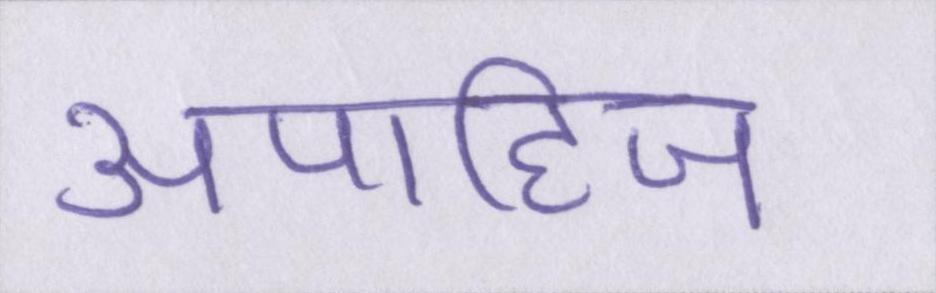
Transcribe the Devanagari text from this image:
अपाहिज